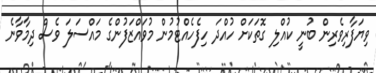
ވިޔަފާރިވެރިން ބުނީ ކުއްލި ގޮތަކަށް ހުއްދަ ހިފެހެއްޓުމުން މުވައްޒަފުންގެ މައްސަލަ ވެސް ދިމާވާނެ